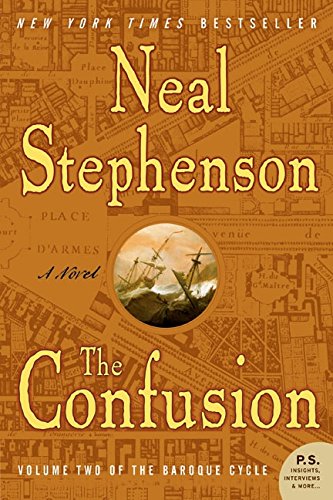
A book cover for The Confusion (The Baroque Cycle, Vol. 2); Neal Stephenson; Literature & Fiction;